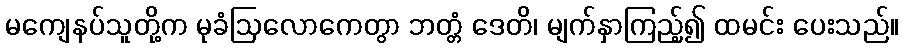
မကျေနပ်သူတို့က မုခံဩလောကေတွာ ဘတ္တံ ဒေတိ၊ မျက်နှာကြည့်၍ ထမင်း ပေးသည်။